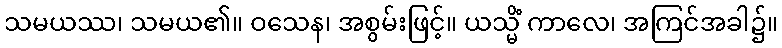
သမယဿ၊ သမယ၏။ ဝသေန၊ အစွမ်းဖြင့်။ ယသ္မိံ ကာလေ၊ အကြင်အခါ၌။